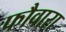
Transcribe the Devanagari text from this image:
फौवारा